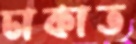
ঢাকাত